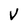
Character: V